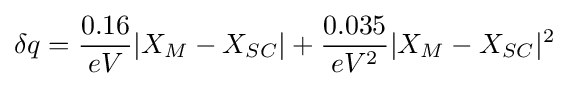
\delta q={\frac {0.16}{eV}}|X_{M}-X_{SC}|+{\frac {0.035}{eV^{2}}}|X_{M}-X_{SC}|^{2}